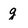
Character: g